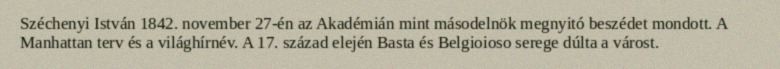
Széchenyi István 1842. november 27-én az Akadémián mint másodelnök megnyitó beszédet mondott. A Manhattan terv és a világhírnév. A 17. század elején Basta és Belgioioso serege dúlta a várost.